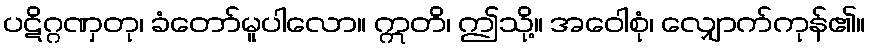
ပဋိဂ္ဂဏှတု၊ ခံတော်မူပါလော။ ဣတိ၊ ဤသို့။ အဝေါစုံ၊ လျှောက်ကုန်၏။